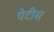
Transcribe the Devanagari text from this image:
पेटीस